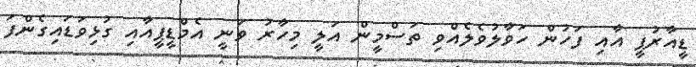
ޑީއާރުޕީ އާއި ފަހުން ހަވާލުވެލެއްވި ތަސްމީން އަލީ މިހާރު ވަނީ އެމްޑީޕީއާއި ގުޅިވަޑައިގެންފަ